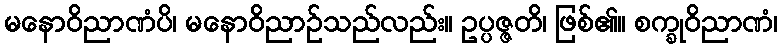
မနောဝိညာဏံပိ၊ မနောဝိညာဉ်သည်လည်း။ ဥပ္ပဇ္ဇတိ၊ ဖြစ်၏။ စက္ခုဝိညာဏံ၊